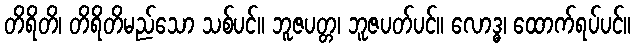
တိရိတိ၊ တိရိတိမည်သော သစ်ပင်။ ဘူဇပတ္တ၊ ဘူဇပတ်ပင်။ လောဒ္ဓ၊ ထောက်ရပ်ပင်။